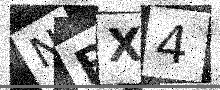
Text: NBX4